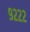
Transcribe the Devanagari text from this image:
९२२२